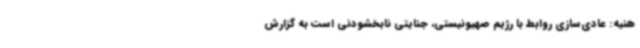
هنیه: عادی‌سازی روابط با رژیم صهیونیستی، جنایتی نابخشودنی است به گزارش